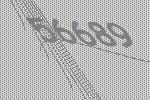
56689